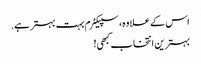
اس کے علاوہ، سپیکٹرم بہت بہتر ہے.
بہترین انتخاب کبھی!